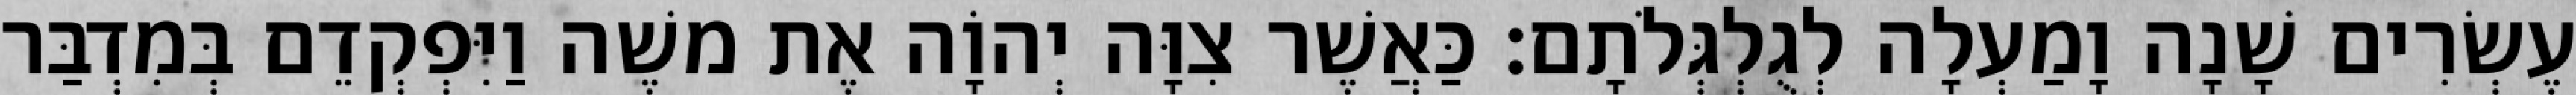
עֶשְׂרִים שָׁנָה וָמַעְלָה לְגֻלְגְּלֹתָם׃ כַּאֲשֶׁר צִוָּה יְהוָֹה אֶת משֶׁה וַיִּפְקְדֵם בְּמִדְבַּר